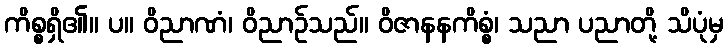
ကိစ္စရှိ၏။ ပ။ ဝိညာဏံ၊ ဝိညာဉ်သည်။ ဝိဇာနနကိစ္စံ၊ သညာ ပညာတို့ သိပုံမှ